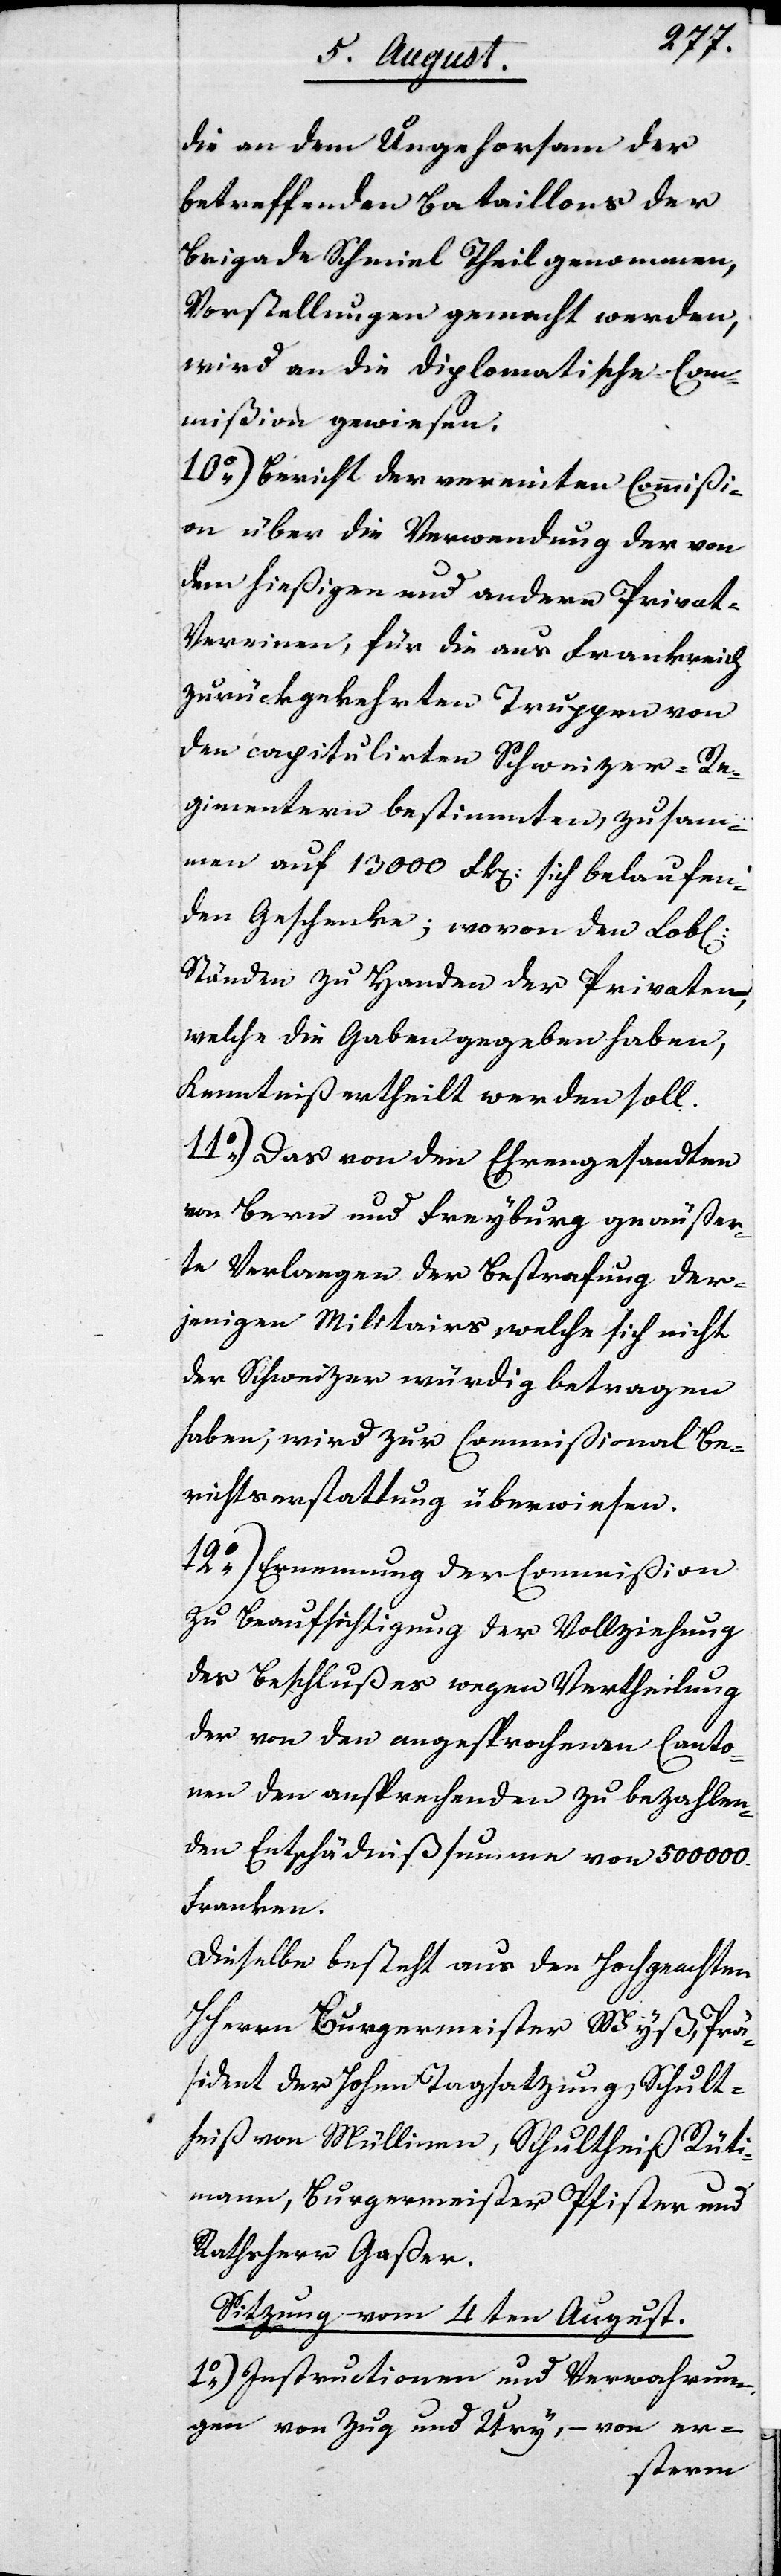
die an dem Ungehorsam der
betreffenden Bataillons der
Brigade Schmiel Theil genommen,
Vorstellungen gemacht werden,
wird an die Diplomatische Com¬
mißion gewiesen.
10.) Bericht der vereinten Commißi¬
on über die Verordnung der von
dem hießigen und andern Priva¬
t-Vereinen, für die aus Frankreich
zurückgekehrten Truppen von
den capitulirten Schweizer-Re¬
gimentern bestimmten, zusam¬
men auf 13000 Frk. sich belaufen¬
den Geschenke; wovon den Lobl.
Ständen zu Handen der Privaten,
welche die Gaben gegeben haben,
Kenntniß ertheilt werden soll.
11.) Das von dem Ehrengesandten
von Bern und Freyburg geäußer¬
te Verlangen der Bestrafung der¬
jenigen Militairs, welche sich nicht
der Schweizer würdig betragen
haben, wird zur Commißional Be¬
richtserstattung überwiesen.
12.) Ernennung der Commißion
zu Beaufsichtigung der Vollziehung
des Beschlußes wegen Vertheilung
der von den angesprochenen Canto¬
nen den ansprechenden zu bezahlen¬
den Entschädnißsumme von 500 000.
Franken.
Dieselbe besteht aus den Hochgeachten
HHerren Burgermeister Wyß, Prä¬
sident der Hohen Tagsatzung, Schult¬
heiß von Mülinen, Schultheiß Rütti¬
mann, Burgermeister Pfister und
Rathsherr Gaßer.
Sitzung vom 4ten August.
1.) Instructionen und Verwahrun¬
gen von Zug und Ury, – von er-